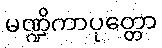
မဏ္ဍိကာပုတ္တော